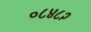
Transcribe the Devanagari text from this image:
०८४८२